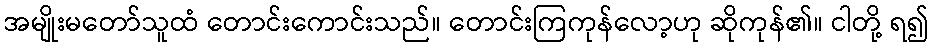
အမျိုးမတော်သူထံ တောင်းကောင်းသည်။ တောင်းကြကုန်လော့ဟု ဆိုကုန်၏။ ငါတို့ ရ၍